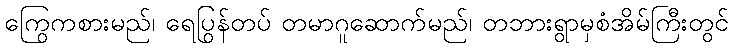
ကြွေကစားမည်၊ ရေပြွန်တပ် တမာဂူဆောက်မည်၊ တဘားရွာမှစံအိမ်ကြီးတွင်